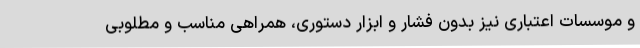
و موسسات اعتباری نیز بدون فشار و ابزار دستوری، همراهی مناسب و مطلوبی